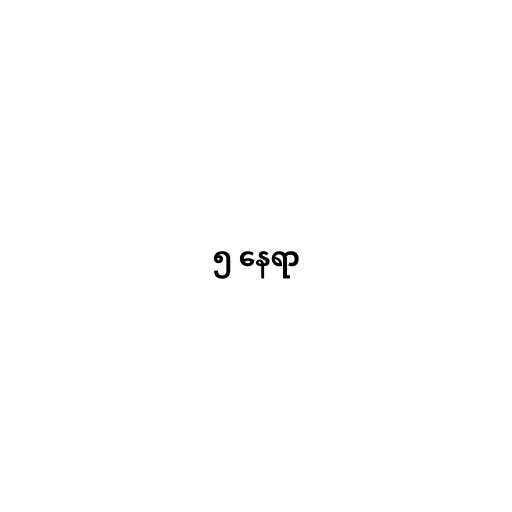
၅ နေရာ